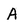
Character: A